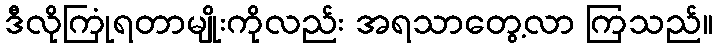
ဒီလိုကြုံရတာမျိုးကိုလည်း အရသာတွေ့လာ ကြသည်။